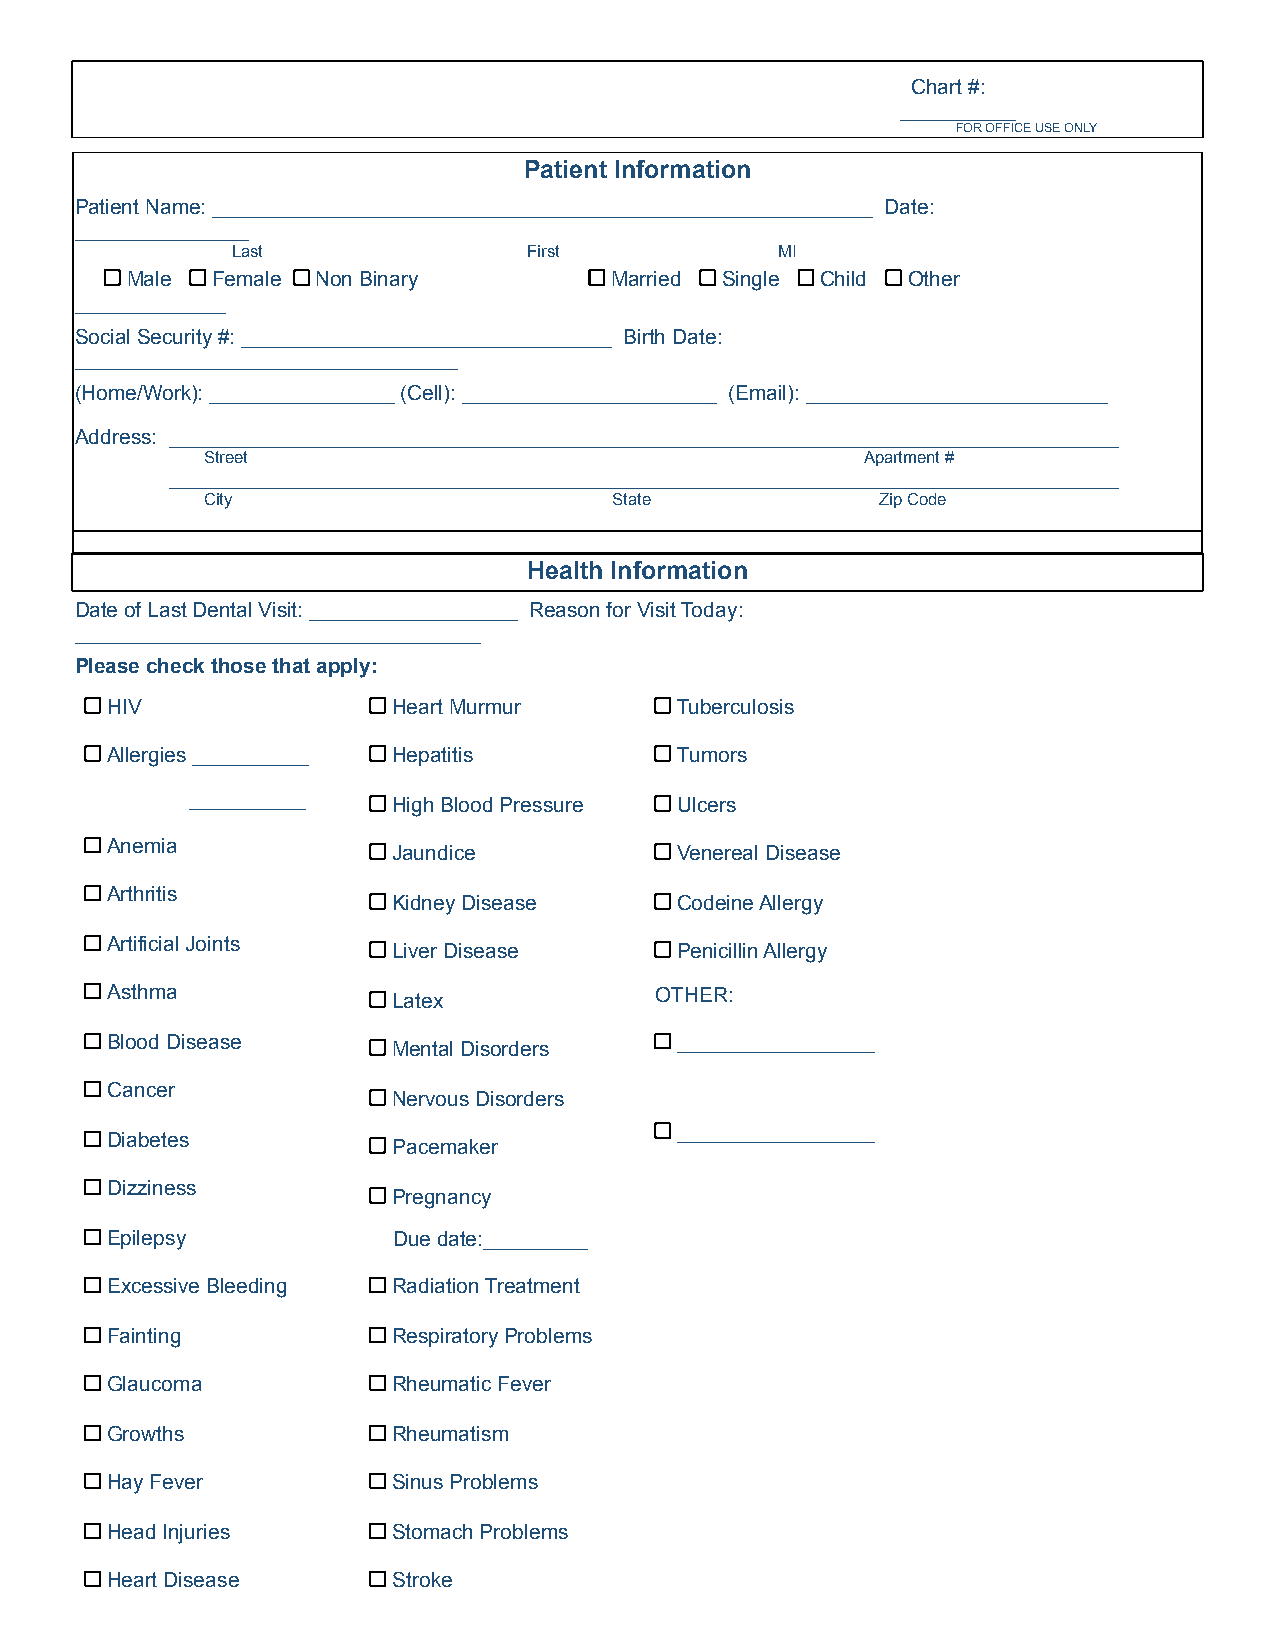
Chart #:
 __________
 FOR OFFICE USE ONLY
 Patient Information
 Patient Name: _________________________________________________________ Date:
 _______________
 Last                First           MI
 Male  Female Non Binary         Married Single Child Other
 _____________
 Social Security #: ________________________________ Birth Date:
 _________________________________
 (Home/Work): ________________ (Cell): ______________________ (Email): __________________________
 Address: __________________________________________________________________________________
 Street                                     Apartment #
 __________________________________________________________________________________
 City                       State            Zip Code
 Health Information
 Date of Last Dental Visit: __________________ Reason for Visit Today:
 ___________________________________
 Please check those that apply:
 HIV                Heart Murmur       Tuberculosis
 Allergies __________ Hepatitis        Tumors
 __________   High Blood Pressure Ulcers
 Anemia             Jaundice           Venereal Disease
 Arthritis
 Kidney Disease     Codeine Allergy
 Artificial Joints  Liver Disease      Penicillin Allergy
 Asthma             Latex            OTHER:
 Blood Disease      Mental Disorders   _________________
 Cancer
 Nervous Disorders
 Diabetes           Pacemaker
 _________________
 Dizziness
 Pregnancy
 Epilepsy           Due date:_________
 Excessive Bleeding Radiation Treatment
 Fainting           Respiratory Problems
 Glaucoma           Rheumatic Fever
 Growths            Rheumatism
 Hay Fever          Sinus Problems
 Head Injuries      Stomach Problems
 Heart Disease      Stroke